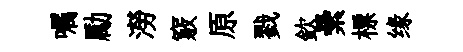
嘱勵澇竅原戮欽纍標缘